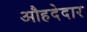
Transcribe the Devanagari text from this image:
औहदेदार